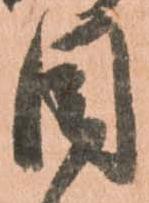
目